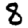
Digit: 8